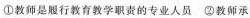
①教师是履行教育教学职责的专业人员 ②教师承